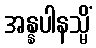
အန္နပါနသ္မိံ